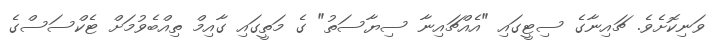
ވަނިކޮށެވެ. ޗައިނާގެ ސިޓީގައި "އެއްޗައިނާ ސިޔާސަތު" ގެ މަތީގައި ގާއިމް ތިއްބެވުމަށް ޓެކްސަސްގެ